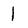
Character: 1